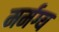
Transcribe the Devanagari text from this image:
मर्मग्य